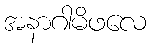
အနာဂါမိဖလေ